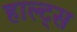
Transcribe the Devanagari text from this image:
हाल्ट्स